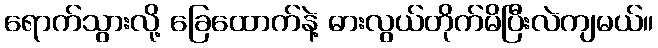
ရောက်သွားလို့ ခြေထောက်နဲ့ ဓားလွယ်တိုက်မိပြီးလဲကျမယ်။